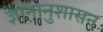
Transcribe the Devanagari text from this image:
ज्ञानानुशासन